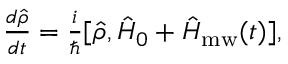
\begin{array} { r } { \frac { d \hat { \rho } } { d t } = \frac { i } { \hbar } [ \hat { \rho } , \hat { H } _ { 0 } + \hat { H } _ { \mathrm { m w } } ( t ) ] , } \end{array}